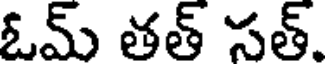
ఓమ్ తత్ సత్.